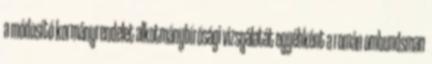
a módosító kormányrendelet alkotmánybírósági vizsgálatát egyébként a román ombundsman